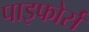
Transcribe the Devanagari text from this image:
पाइफोर्स